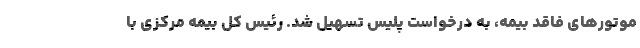
موتورهای فاقد بیمه، به درخواست پلیس تسهیل شد. رئیس کل بیمه مرکزی با